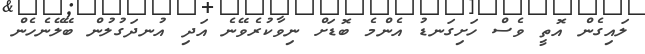
ލައިގެން އޮތީ ވެސް ހަށިގަނޑު އެންމެ ބޮޑަށް ނިވާކުރެވޭނެ އަދި އުނދަގުލުން ބޭލޭނެހެން